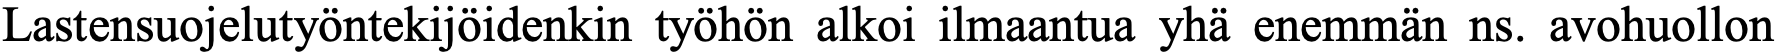
Lastensuojelutyöntekijöidenkin työhön alkoi ilmaantua yhä enemmän ns. avohuollon